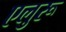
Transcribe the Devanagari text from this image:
एलुरू